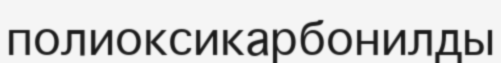
полиоксикарбонилды